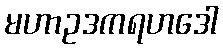
မဟာဥဒကရဟဒေါ